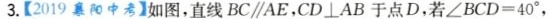
3.【2019襄阳中考】如图，直线$$BC \parallel AE$$，$$CD \perp AB$$于点D，若 \angleBCD=40° ，